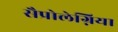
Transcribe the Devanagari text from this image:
सैप्रोलेग्निया